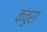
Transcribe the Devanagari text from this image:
कंचुरा